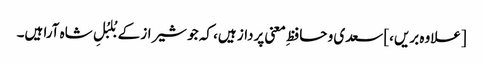
[علاوہ بریں،] سعدی و حافظِ معنی پرداز ہیں، کہ جو شیراز کے بُلبُلِ شاہ آرا ہیں۔